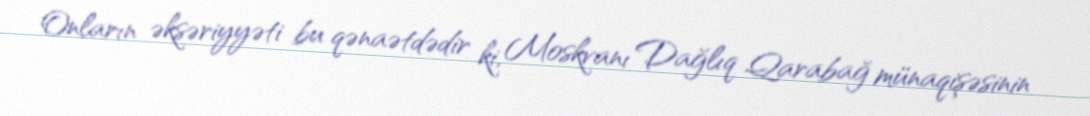
Onların əksəriyyəti bu qənaətdədir ki, Moskvanı Dağlıq Qarabağ münaqişəsinin